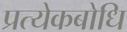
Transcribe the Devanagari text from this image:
प्रत्येकबोधि